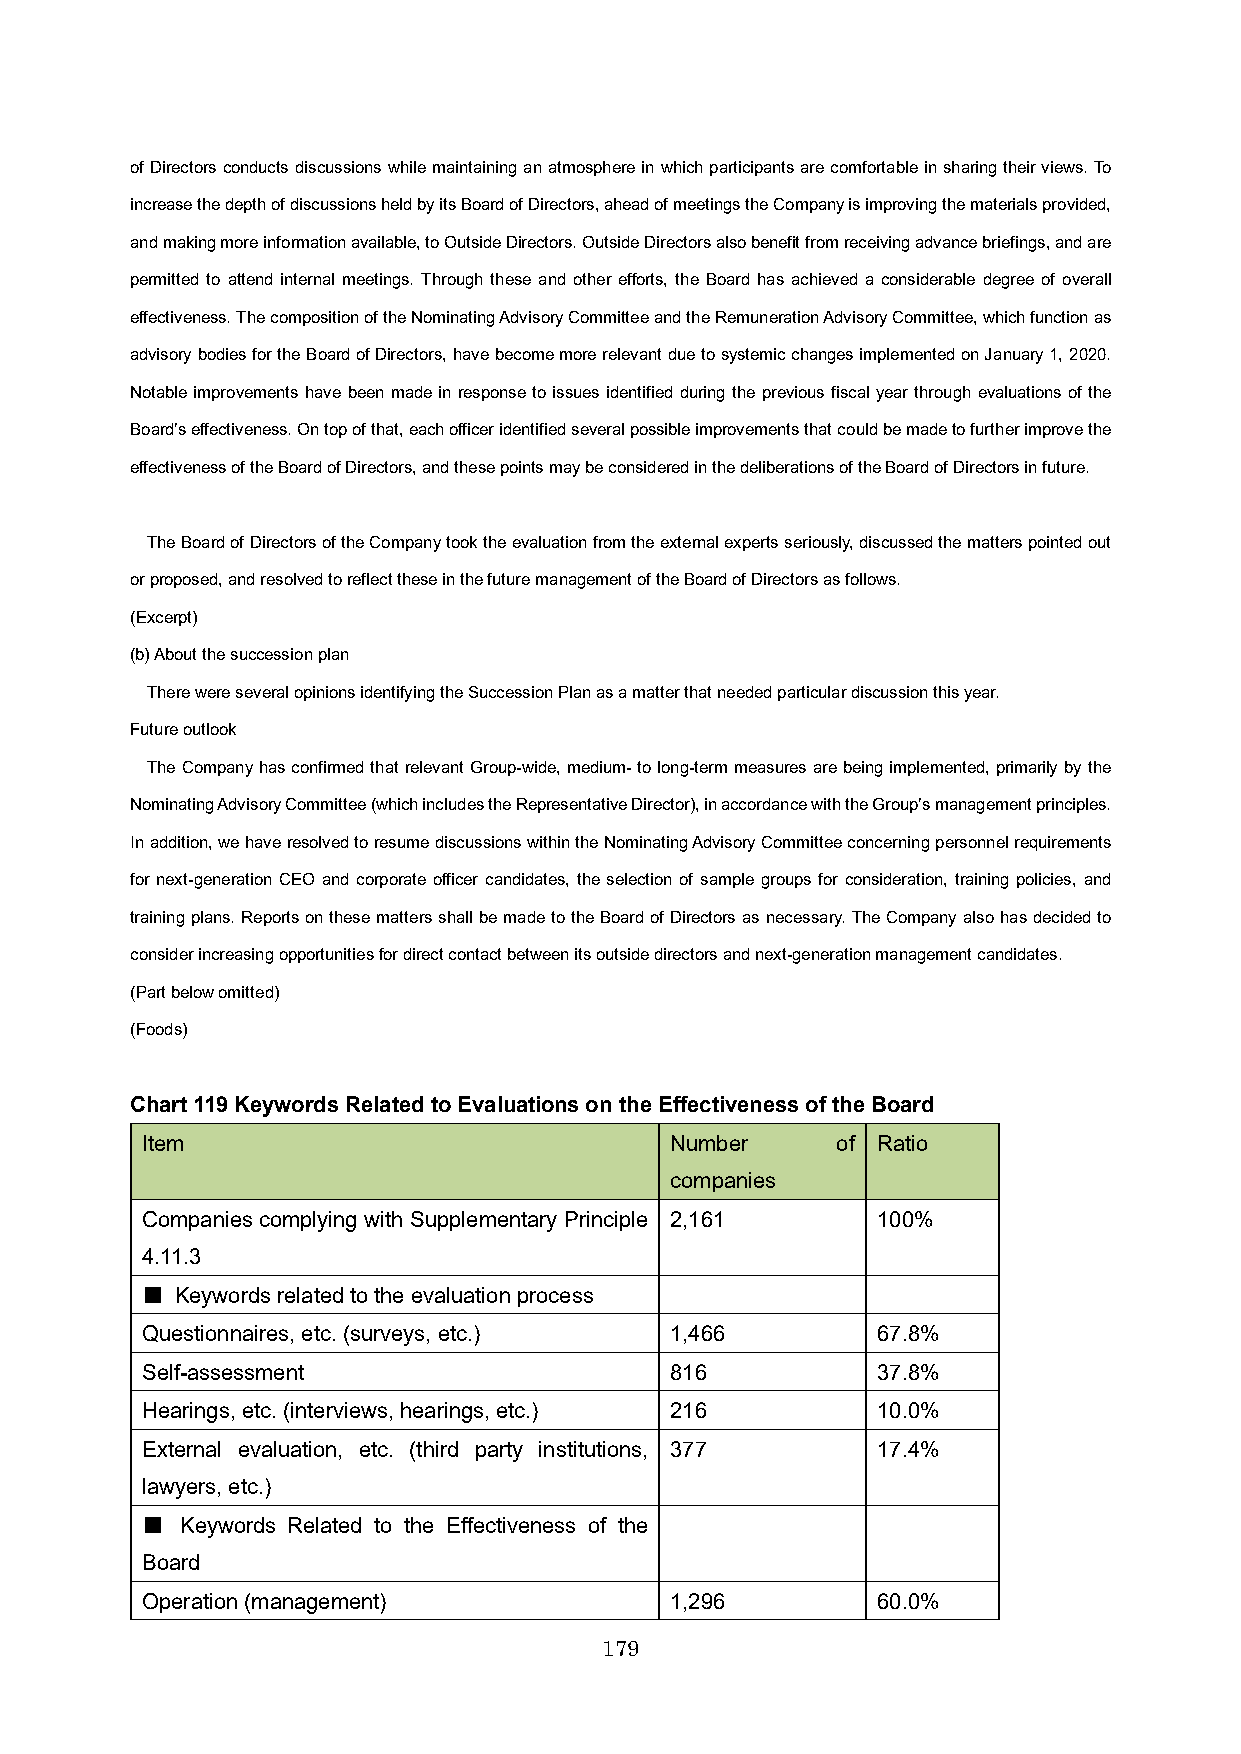
of Directors conducts discussions while maintaining an atmosphere in which participants are comfortable in sharing their views. To
 increase the depth of discussions held by its Board of Directors, ahead of meetings the Company is improving the materials provided,
 and making more information available, to Outside Directors. Outside Directors also benefit from receiving advance briefings,and are
 permitted to attend internal meetings. Through these and other efforts, the Board has achieved a considerable degree of overall
 effectiveness. The composition of the Nominating Advisory Committee and the Remuneration Advisory Committee, which function as
 advisory bodies for the Board of Directors, have become more relevant due to systemic changes implemented on January 1, 2020.
 Notable improvements have been made in response to issues identified during the previous fiscal year through evaluations of the
 Board’s effectiveness. On top of that, each officer identified several possible improvements that could be made to further improve the
 effectiveness of the Board of Directors, and these points may be considered in the deliberations of the Board of Directors infuture.
 The Board of Directors of the Company took the evaluation from the external experts seriously, discussed the matters pointed out
 or proposed, and resolved to reflect these in the future management of the Board of Directors as follows.
 (Excerpt)
 (b) About thesuccession plan
 There were several opinions identifying the Succession Plan as a matter that needed particular discussion this year.
 Future outlook
 The Company has confirmed that relevant Group-wide, medium-to long-term measures are being implemented, primarily by the
 Nominating Advisory Committee (which includes the Representative Director), in accordance with the Group’s management principles.
 In addition, we have resolved to resume discussions within the Nominating Advisory Committee concerning personnel requirements
 for next-generation CEO and corporate officer candidates, the selection of sample groups for consideration, training policies, and
 training plans. Reports on these matters shall be made to the Board of Directors as necessary. The Company also has decided to
 consider increasing opportunities for direct contact between its outside directors and next-generation management candidates.
 (Part below omitted)
 (Foods)
 Chart 119Keywords Related to Evaluations on the Effectiveness of the Board
 Item                               Number     of Ratio
 companies
 Companies complying with Supplementary Principle 2,161 100%
 4.11.3
 ■  Keywords related to the evaluation process
 Questionnaires, etc. (surveys, etc.) 1,466       67.8%
 Self-assessment                    816           37.8%
 Hearings, etc. (interviews, hearings, etc.) 216  10.0%
 External evaluation, etc. (third party institutions, 377 17.4%
 lawyers, etc.)
 ■  Keywords Related to the Effectiveness of the
 Board
 Operation (management)             1,296         60.0%
 179